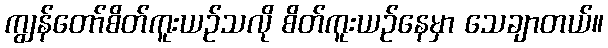
ကျွန်တော်စိတ်ကူးယဉ်သလို စိတ်ကူးယဉ်နေမှာ သေချာတယ်။